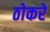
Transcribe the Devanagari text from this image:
ठोकरे